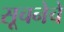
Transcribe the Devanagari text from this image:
सूचनेचे